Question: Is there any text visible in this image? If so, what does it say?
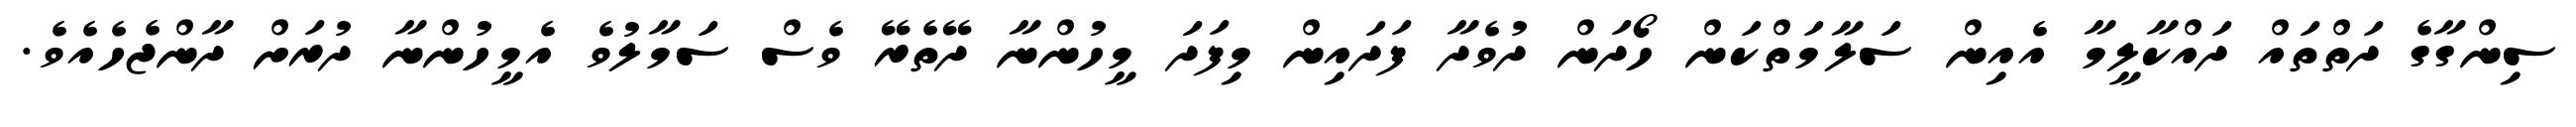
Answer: ސިންގާގެ ދަތްތައް ދައްކާލީމާ އެއިން ސަލާމަތްކަން ހޯދަން ދުވެދާ ފަދައިން މިފަދަ މީހުންނާ ދޭތެރޭ ވެސް ސަމާލުވެ އެމީހުންނާ ދުރަށް ދާންޖެހެއެވެ.